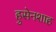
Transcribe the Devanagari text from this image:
हुसेनशाह